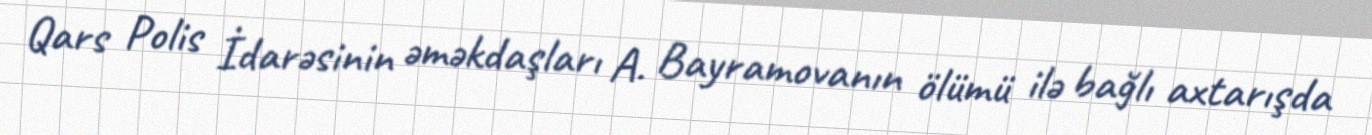
Qars Polis İdarəsinin əməkdaşları A. Bayramovanın ölümü ilə bağlı axtarışda